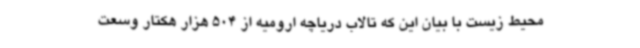
محیط زیست با بیان این که تالاب دریاچه ارومیه از 504 ‌هزار هکتار وسعت